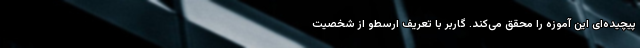
پیچیده‌ای این آموزه را محقق می‌کند. گاربر با تعریف ارسطو از شخصیت